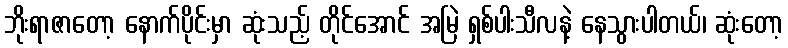
ဘိုးရာဇာတော့ နောက်ပိုင်းမှာ ဆုံးသည့် တိုင်အောင် အမြဲ ရှစ်ပါးသီလနဲ့ နေသွားပါတယ်၊ ဆုံးတော့